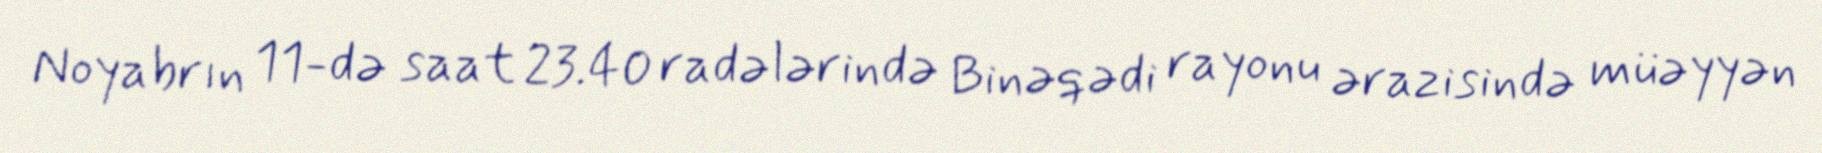
Noyabrın 11-də saat 23.40 radələrində Binəqədi rayonu ərazisində müəyyən